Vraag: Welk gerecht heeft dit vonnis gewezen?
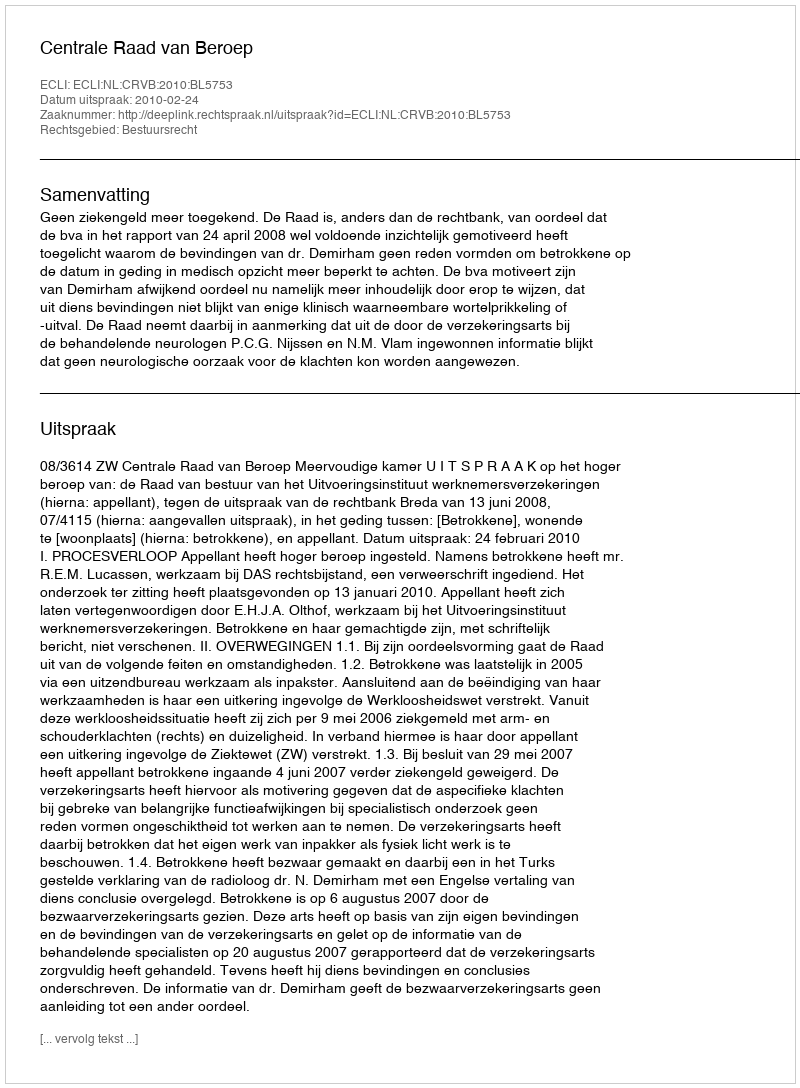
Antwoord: Centrale Raad van Beroep